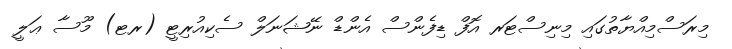
މިރަސްމިއްޔާތުގައި މިނިސްޓަރ އޮފް ޑިފެންސް އެންޑް ނޭޝަނަލް ސެކިއުރިޓީ (ރޓ) މޫސާ ޢަލީ